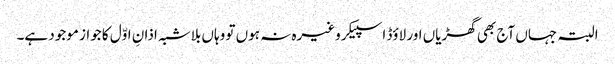
البتہ جہاں آج بھی گھڑیاں اور لاؤڈ اسپیکر وغیرہ نہ ہوں تو وہاں بلاشبہ اذانِ اوّل کا جواز موجود ہے۔